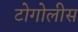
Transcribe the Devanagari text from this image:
टोगोलीस